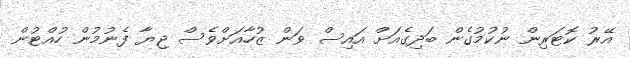
އޭރު ކޮޓަރިން ނުކުމުގެން ބަދިގެއަށް އައިސް ވަން ޒުހާއަށްވެސް ޖިޔާ ފެނުމުން ހުއްޓުން